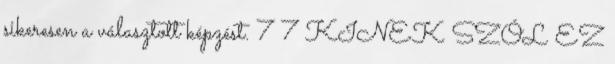
sikeresen a választott képzést. 7 7 KINEK SZÓL EZ